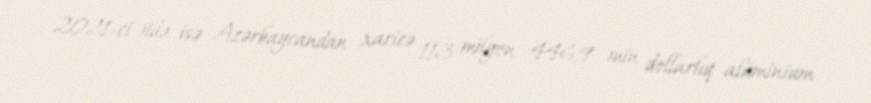
2021-ci ildə isə Azərbaycandan xaricə 113 milyon 446,9 min dollarlıq alüminium